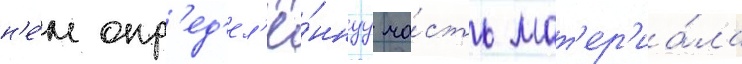
н'е́м опр'ед'ел'ё́ннуу ча́сть мат'ер'иа́ла